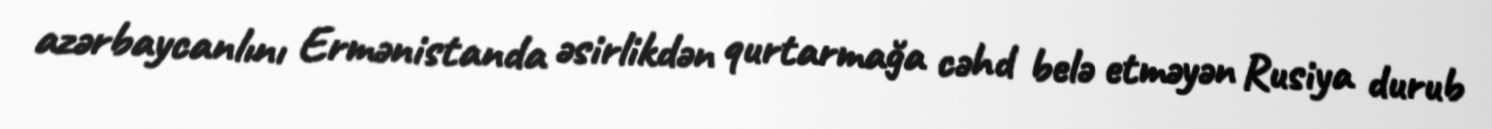
azərbaycanlını Ermənistanda əsirlikdən qurtarmağa cəhd belə etməyən Rusiya durub